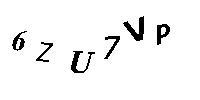
6ZU7VP